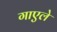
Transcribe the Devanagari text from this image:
गाएले